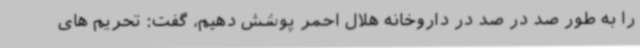
را به طور صد در صد در داروخانه هلال احمر پوشش دهیم، گفت: تحریم های